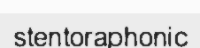
stentoraphonic